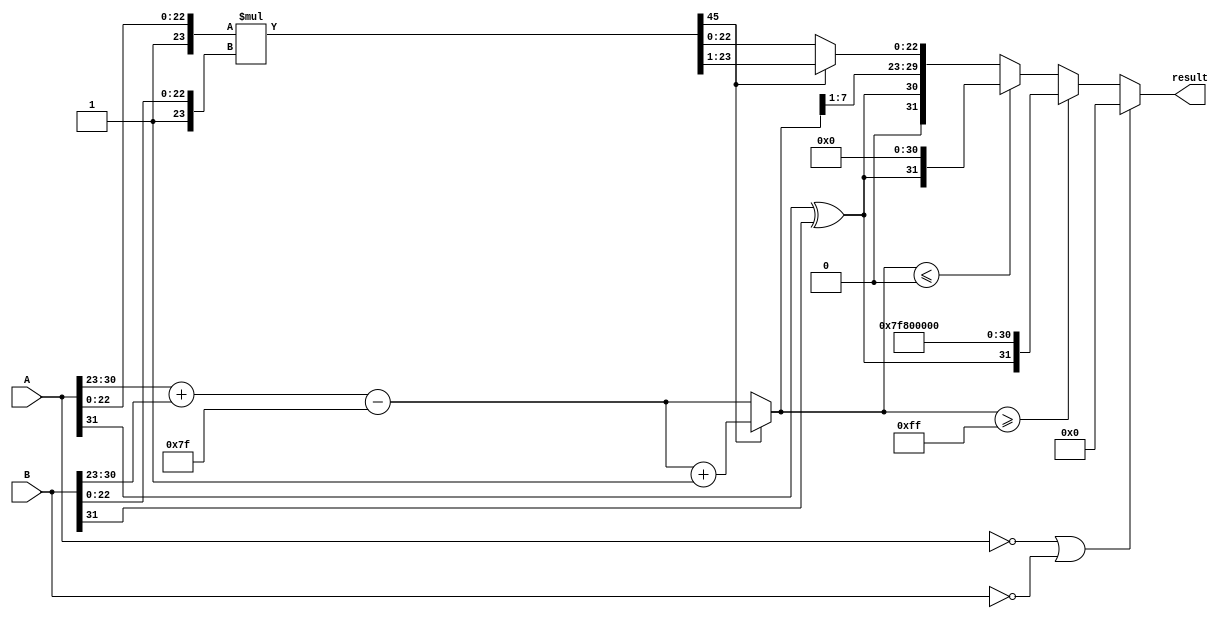
module floating_point_multiplier (
    input [31:0] A,  // First floating-point input
    input [31:0] B,  // Second floating-point input
    output reg [31:0] result // Result of the multiplication
);

    // Constants
    localparam BIAS = 127;
    localparam EXP_WIDTH = 8;
    localparam FRACTION_WIDTH = 23;
    localparam EXPONENT_BITS = EXP_WIDTH + 1; // Including implicit leading bit

    // Decompose inputs
    wire sign_A = A[31];
    wire [EXP_WIDTH-1:0] exp_A = A[30:23];
    wire [FRACTION_WIDTH-1:0] frac_A = A[22:0];

    wire sign_B = B[31];
    wire [EXP_WIDTH-1:0] exp_B = B[30:23];
    wire [FRACTION_WIDTH-1:0] frac_B = B[22:0];

    // Intermediate variables
    reg [EXP_WIDTH:0] exp_result; // 9 bits to hold exp_A + exp_B - BIAS
    reg [FRACTION_WIDTH*2-1:0] frac_result; // 46 bits for mantissa multiplication
    reg sign_result;

    always @(*) begin
        // Default output
        result = 32'b0;

        // Handle special cases
        if (A == 32'b0 || B == 32'b0) begin
            // Multiplication by zero
            result = 32'b0;
        end else begin
            // Calculate the sign of the result
            sign_result = sign_A ^ sign_B;

            // Calculate the exponent
            exp_result = {1'b0, exp_A} + {1'b0, exp_B} - BIAS;

            // Multiply the mantissas
            frac_result = {1'b1, frac_A} * {1'b1, frac_B}; // Implicit leading 1

            // Normalize the result
            if (frac_result[FRACTION_WIDTH*2-1]) begin
                // If the result is greater than or equal to 2, shift right
                frac_result = frac_result >> 1;
                exp_result = exp_result + 1;
            end

            // Handle overflow
            if (exp_result >= (1 << EXP_WIDTH) - 1) begin
                // Set result to infinity
                result = {sign_result, {EXP_WIDTH{1'b1}}, {FRACTION_WIDTH{1'b0}}};
            end else if (exp_result <= 0) begin
                // Underflow case (denormalized or zero)
                result = {sign_result, 8'b0, 23'b0};
            end else begin
                // Assemble the result
                result = {sign_result, exp_result[EXP_WIDTH-1:1], frac_result[FRACTION_WIDTH-1:0]};
            end
        end
    end

endmodule